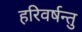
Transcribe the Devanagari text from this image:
हरिवर्षन्तु